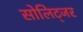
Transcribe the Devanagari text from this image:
सोलिट्जर